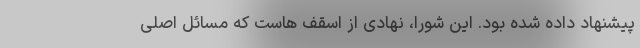
پیشنهاد داده شده بود. این شورا، نهادی از اسقف هاست که مسائل اصلی